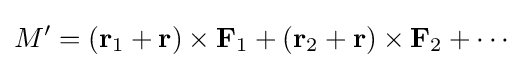
M'=(\mathbf {r} _{1}+\mathbf {r} )\times \mathbf {F} _{1}+(\mathbf {r} _{2}+\mathbf {r} )\times \mathbf {F} _{2}+\cdots